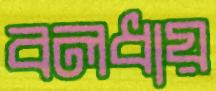
বলধায়